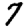
Digit: 7